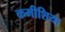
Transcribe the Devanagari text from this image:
कमीशिया